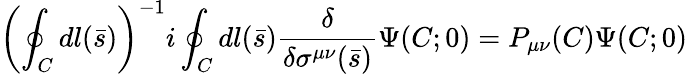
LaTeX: \left(\oint_{C}dl(\bar{s})\right)^{-1}i\oint_{C}dl(\bar{s}){\frac{\delta}{\delta\sigma^{\mu\nu}(\bar{s})}}\Psi(C;0)=P_{\mu\nu}(C)\Psi(C;0)